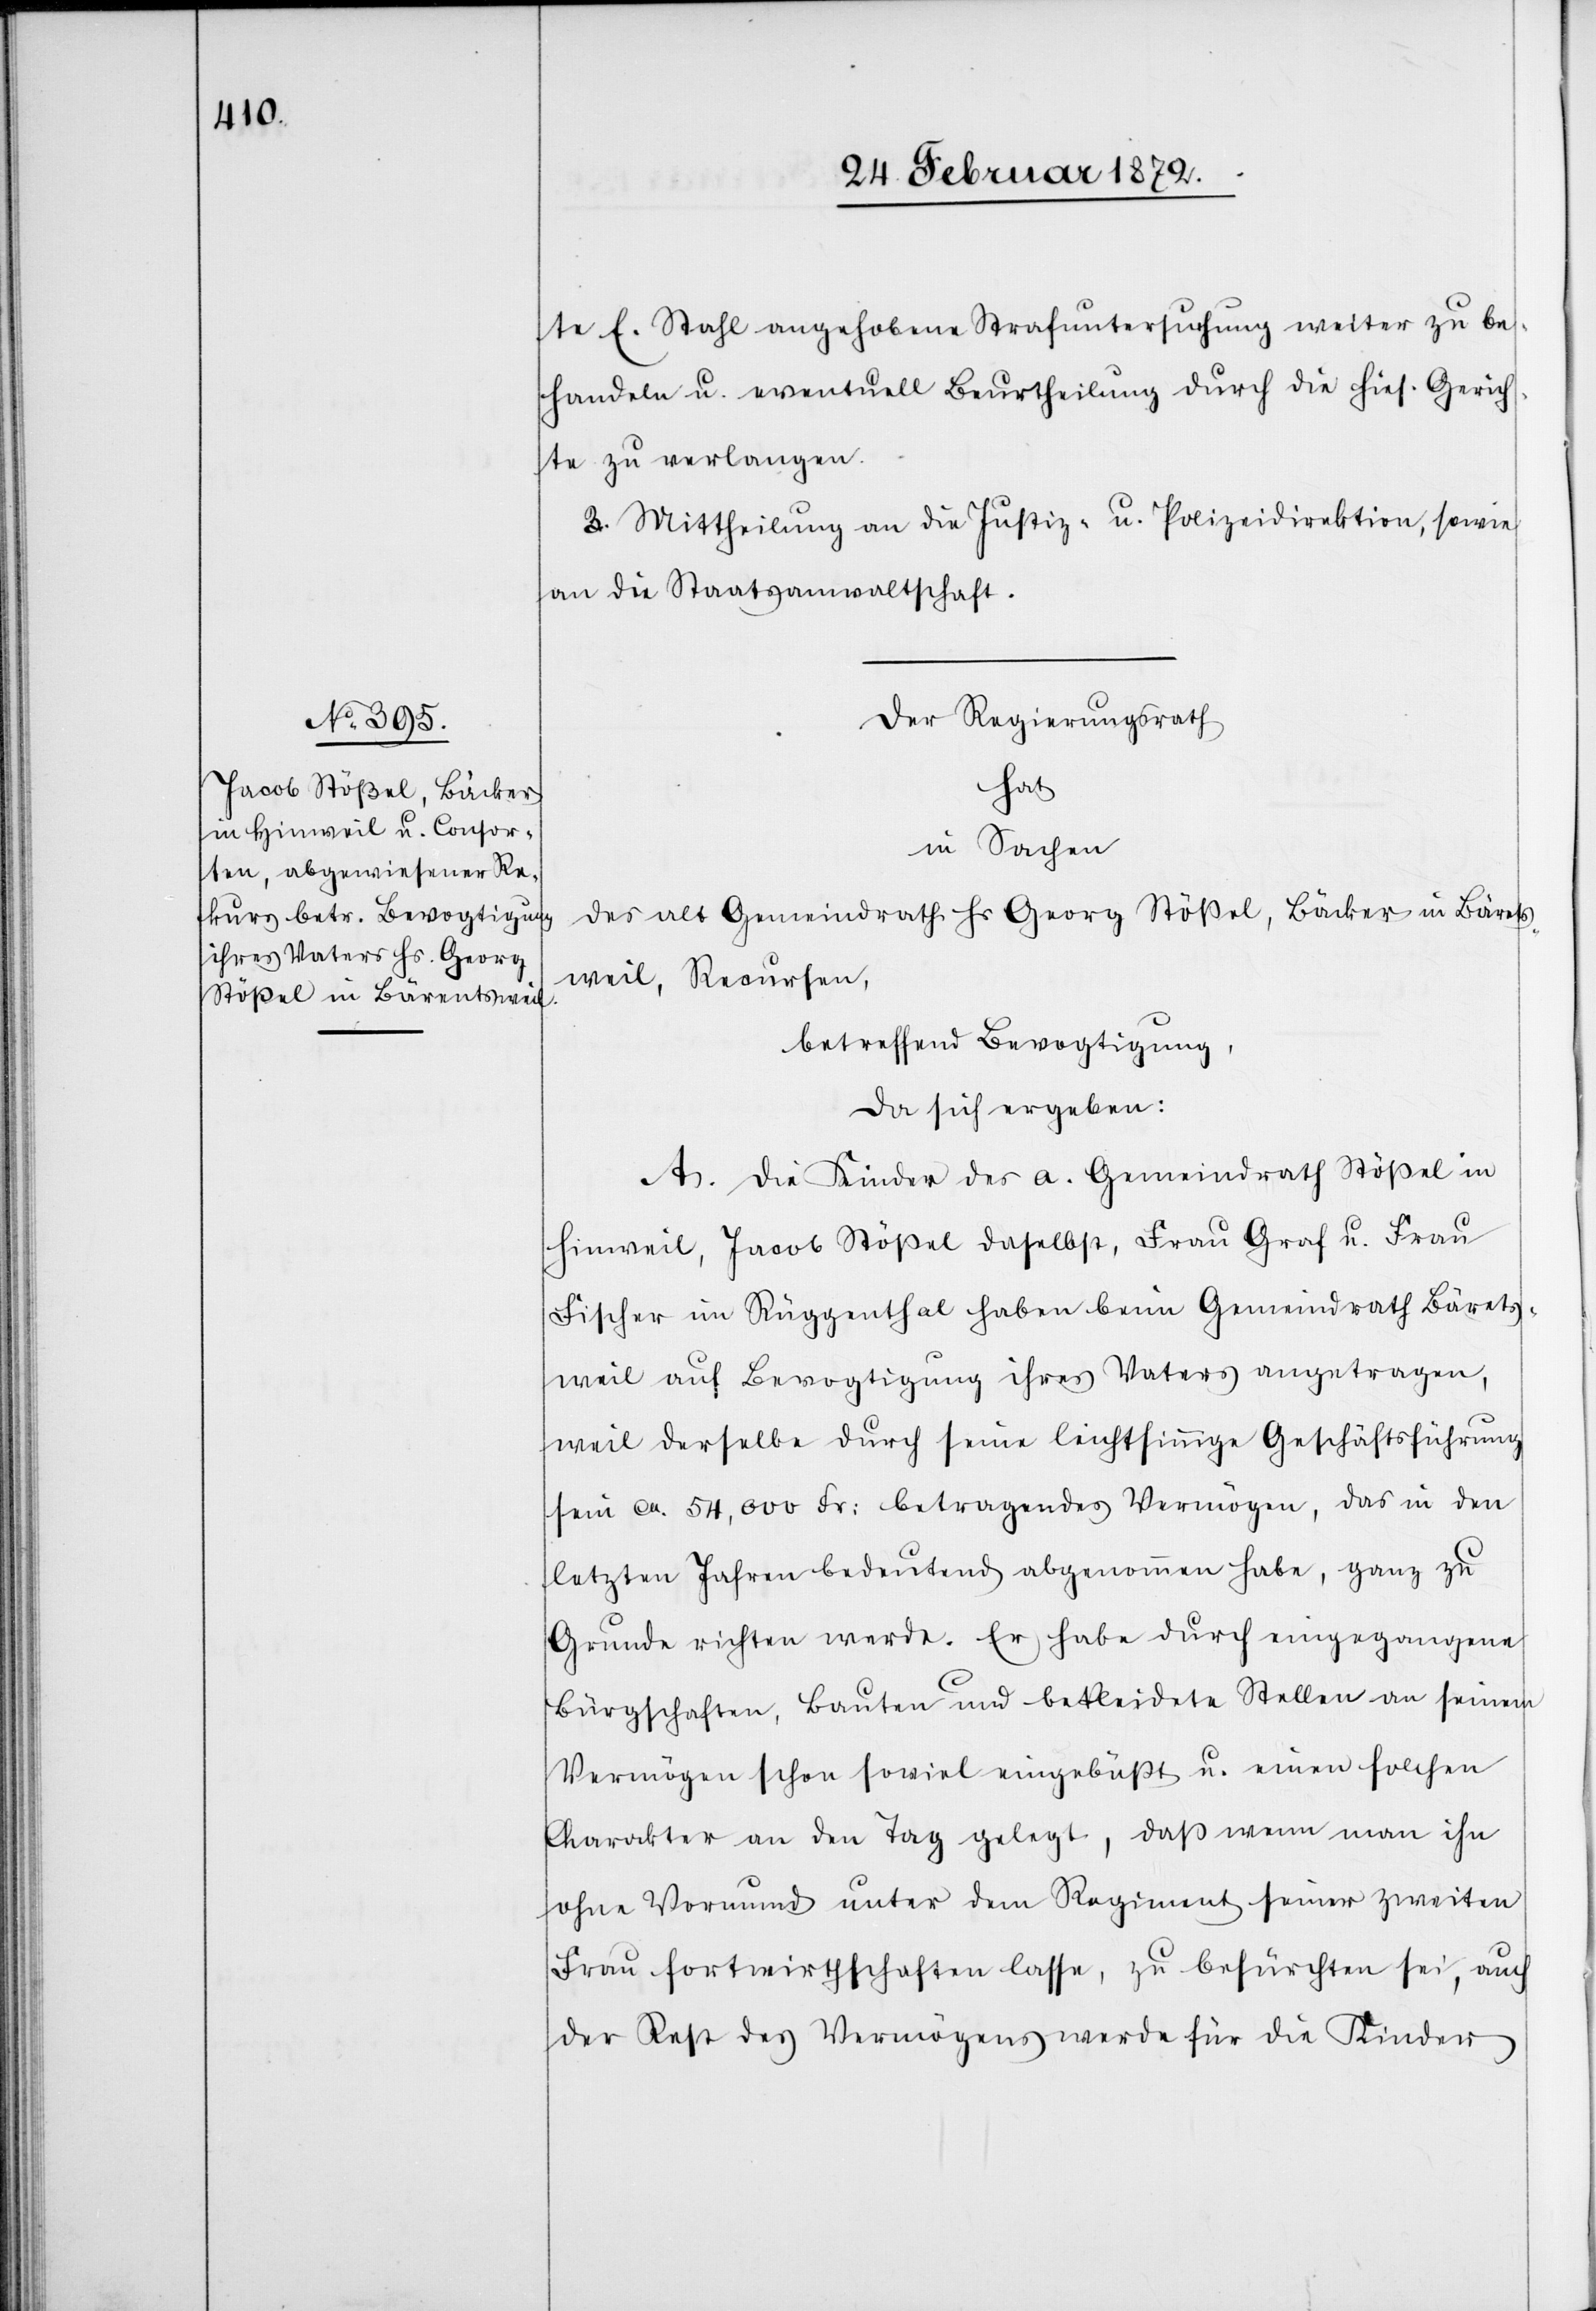
te E. Stahl angehobene Strafuntersuchung weiter zu be¬
handeln u. eventuell Beurtheilung durch die hies. Gerich¬
te zu verlangen.
3. Mittheilung an die Justiz- u. Polizeidirektion, sowie
an die Staatsanwaltschaft.
Der Regierungsrath
hat
in Sachen
des alt Gemeindrath Hs Georg Stößel, Bäckers in Bärets¬
weil, Recursen,
betreffend Bevogtigung,
da sich ergeben:
A. Die Kinder des a. Gemeindrath Stößel in
Hinweil, Jacob Stößel daselbst, Frau Graf u. Frau
Fischer im Rüggenthal haben beim Gemeindrath Bäre[n]ts¬
weil auf Bevogtigung ihres Vaters angetragen,
weil derselbe durch seine leichtsinnige Geschäftsführung
sein ca 54,000 Fr. betragendes Vermögen, das in den
letzten Jahren bedeutend abgenommen habe, ganz zu
Grunde richten werde. Er habe durch eingegangene
Bürgschaften, Bauten und bekleidete Stellen an seinem
Vermögen schon soviel eingebüßt u. einen solchen
Charakter an den Tag gelegt, daß wenn man ihn
ohne Vormund unter dem Regiment seiner zweiten
Frau fortwirthschaften lasse, zu befürchten sei, auch
der Rest des Vermögens werde für die Kinder